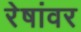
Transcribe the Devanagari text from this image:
रेषांवर